Document type: Grant
Year: 1232
Scribe: Berenguer de Clos
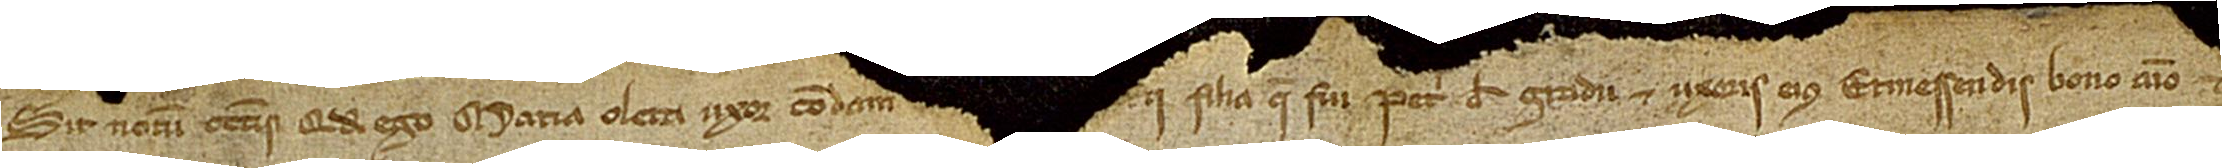
Sit notum cunctis quod ego Maria Oleta, uxor condam [...] [...]ii, filia qui fuit Petri de Gradu et uxoris eius Ermessendis, bono animo et [spon]-